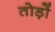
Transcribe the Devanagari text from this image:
तोड़ों